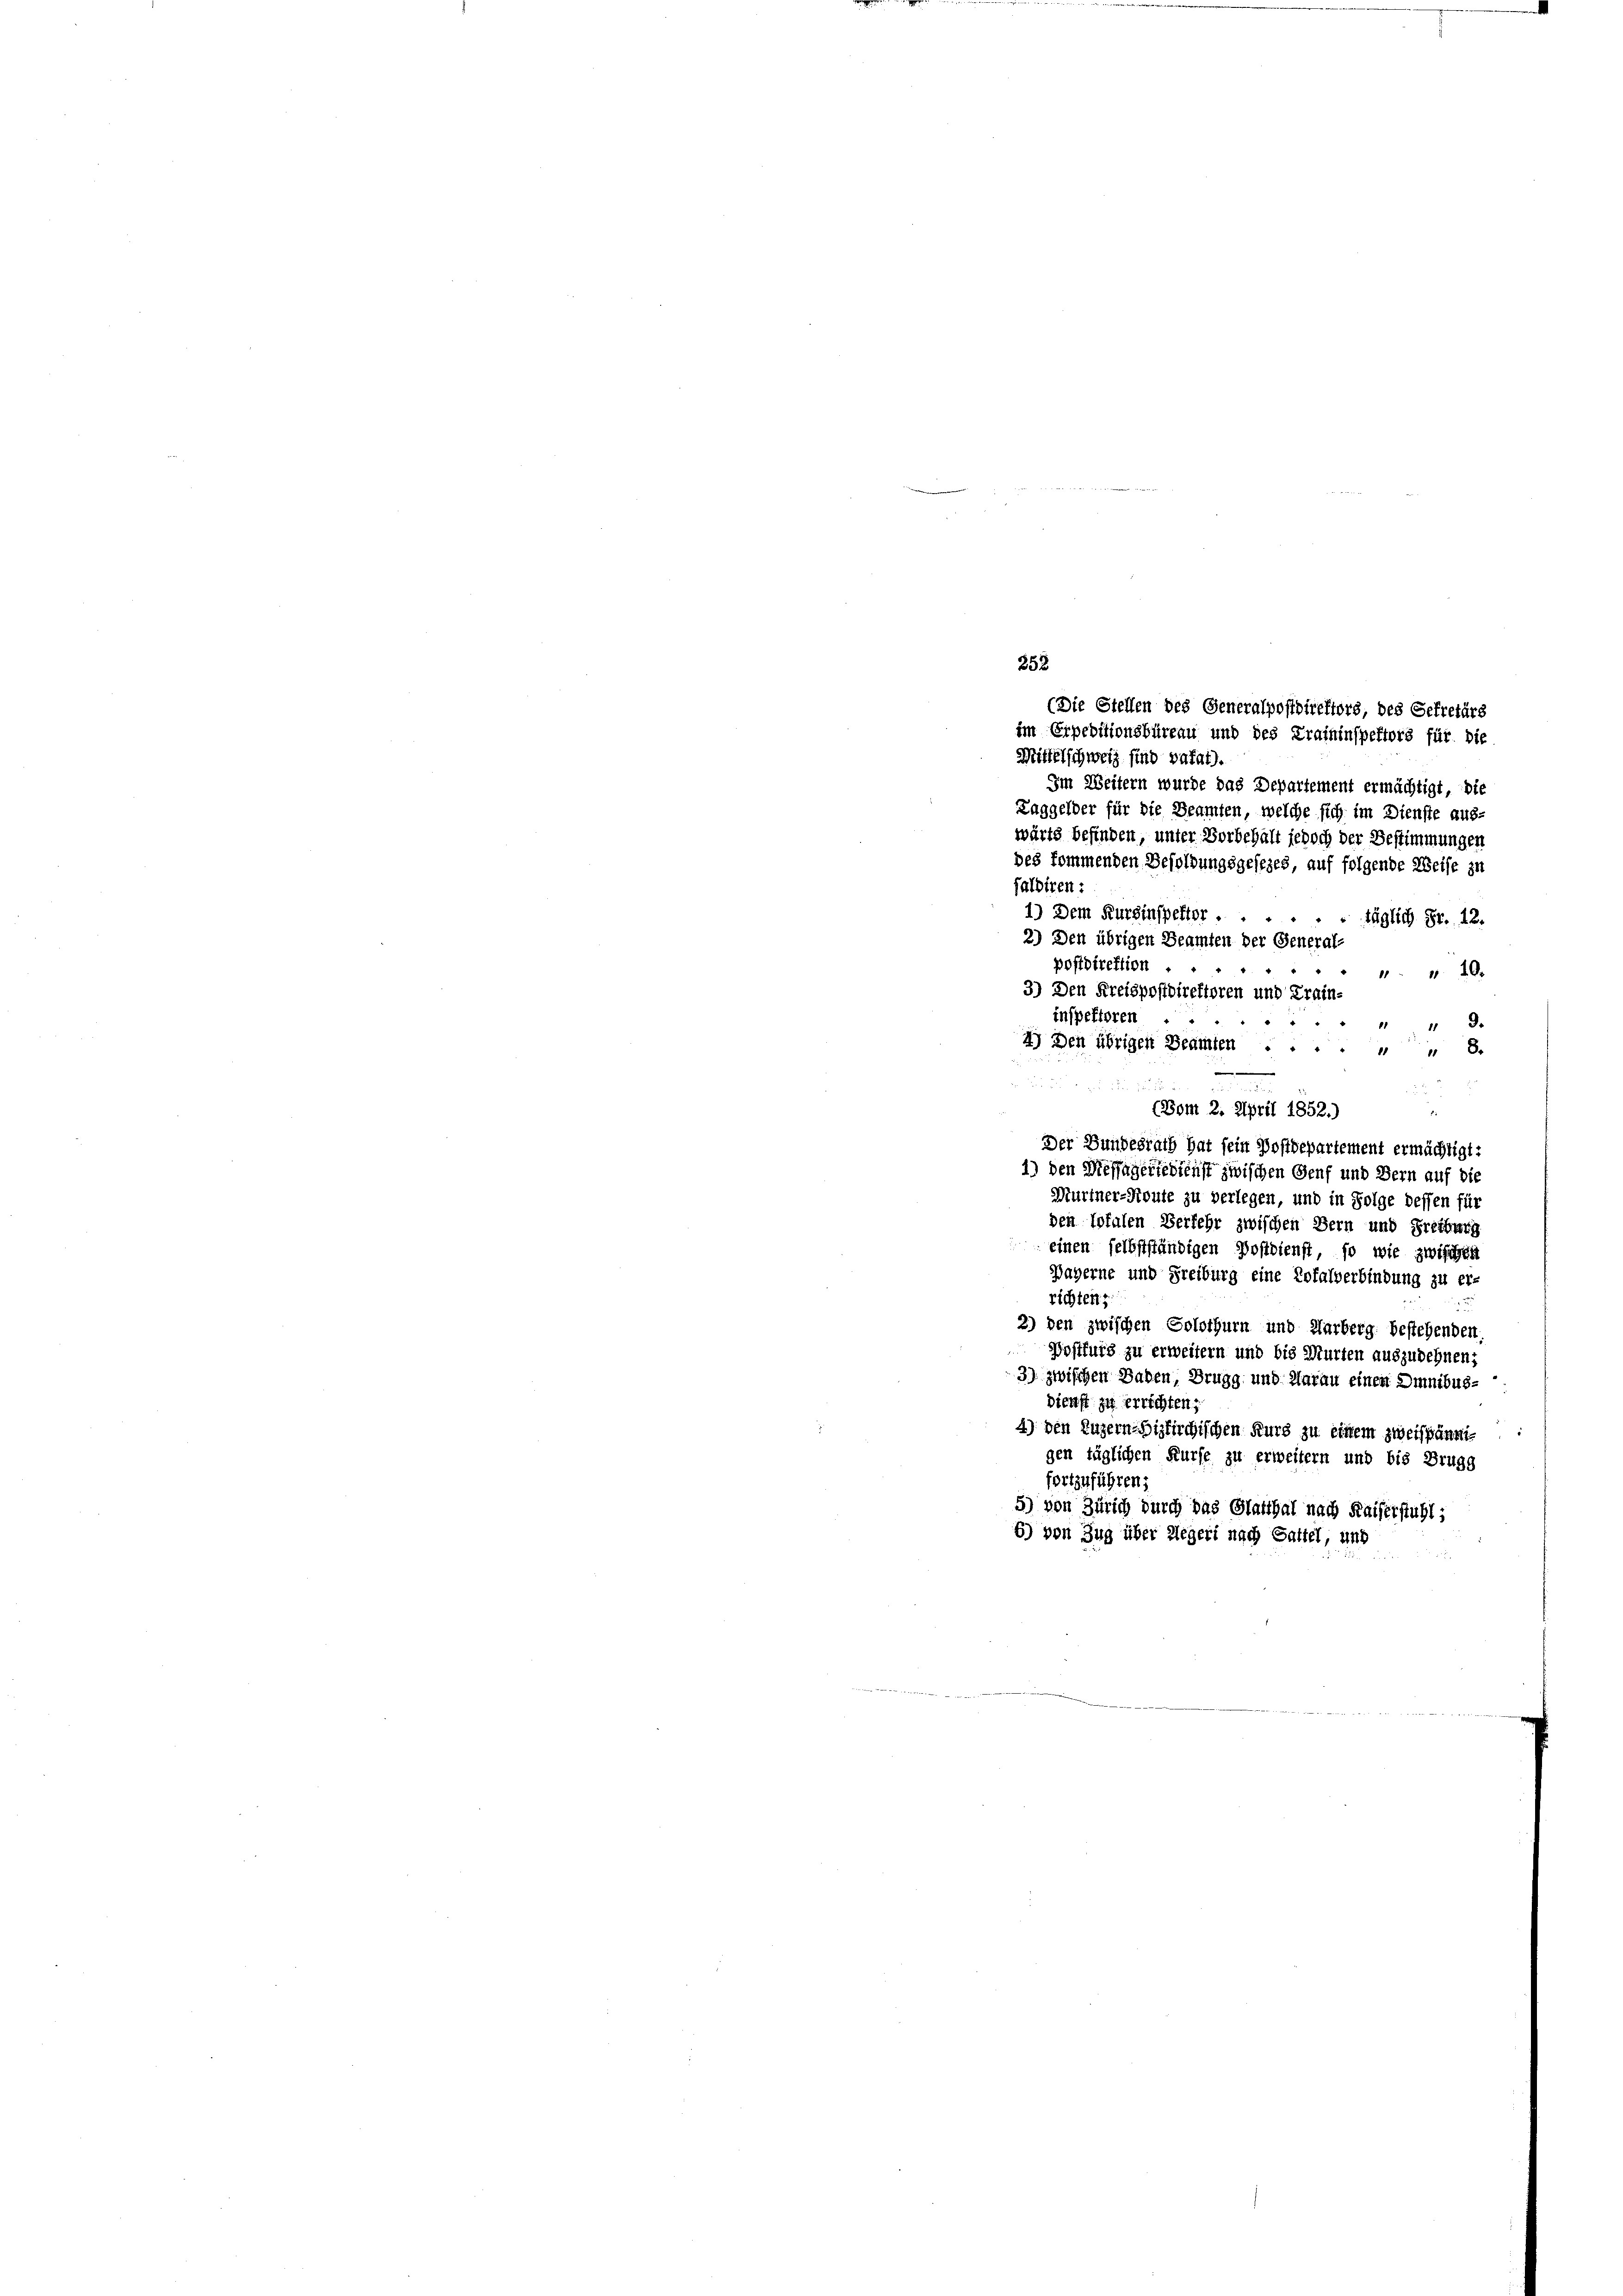
Im Weitern wurde das Departement ermächtigt, die
Taggelder für die Beamten, welche sich im Dienste aus-
wärts befinden, unter Vorbehalt jedoch der Bestimmungen
des kommenden Besoldungsgesezes, auf folgende Weise zu
falbiren:
1.) Dem Kursinspektor .
" täglich Fr. 12.
2) Den übrigen Beamten der General-
postdirektion
 20.
3) Den Kreispostdirektoren und Krain-
inspektoren
9.
11 11
4) Den übrigen Beamten ...... 8.

 des
(Vom 2. April 1852.)
Der Bundesrath hat sein Postdepartement ermächtigt:
1) den Dieffagertedienst zwischen Genf und Bern auf die
Murtner-Route zu verlegen, und in Folge dessen für
den Ipfalen Verkehr zwischen Bern und Freiburg
einen selbstständigen Postdienst, so wie zwischen
Bayerne und Freiburg eine Totalverbindung zu er-
richtens
2
2) den zwischen Solothurn und Marberg bestehenden.
Postfurg zu erweitern und bis Murten auszudehnen;
3) zwischen Baden, Drugg und darau einen Omnibus¬
Dienst zu errichten.
4) den Luzern Biskirchischen Kurs zu einem zweispännigen täglichen Kurse zu erweitern und bis Brugg
fortzuführen;
5) von Zürich durch das Glatthal nach Kaiserstuhl;
6) von Zug über Regeri nach Gattel, und

352
(Die Stellen des Generalpostdirektors, des Gefretärs
im Erpeditionsbüreau und des Kraininspektors für die
Mittelschweiz sind vafat).

die Be